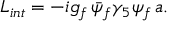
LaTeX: { \cal L } _ { i n t } = - i g _ { f } \, \bar { \psi } _ { f } \gamma _ { 5 } \psi _ { f } \, a .